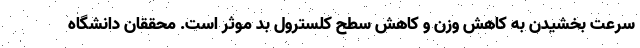
سرعت بخشیدن به کاهش وزن و کاهش سطح کلسترول بد موثر است. محققان دانشگاه